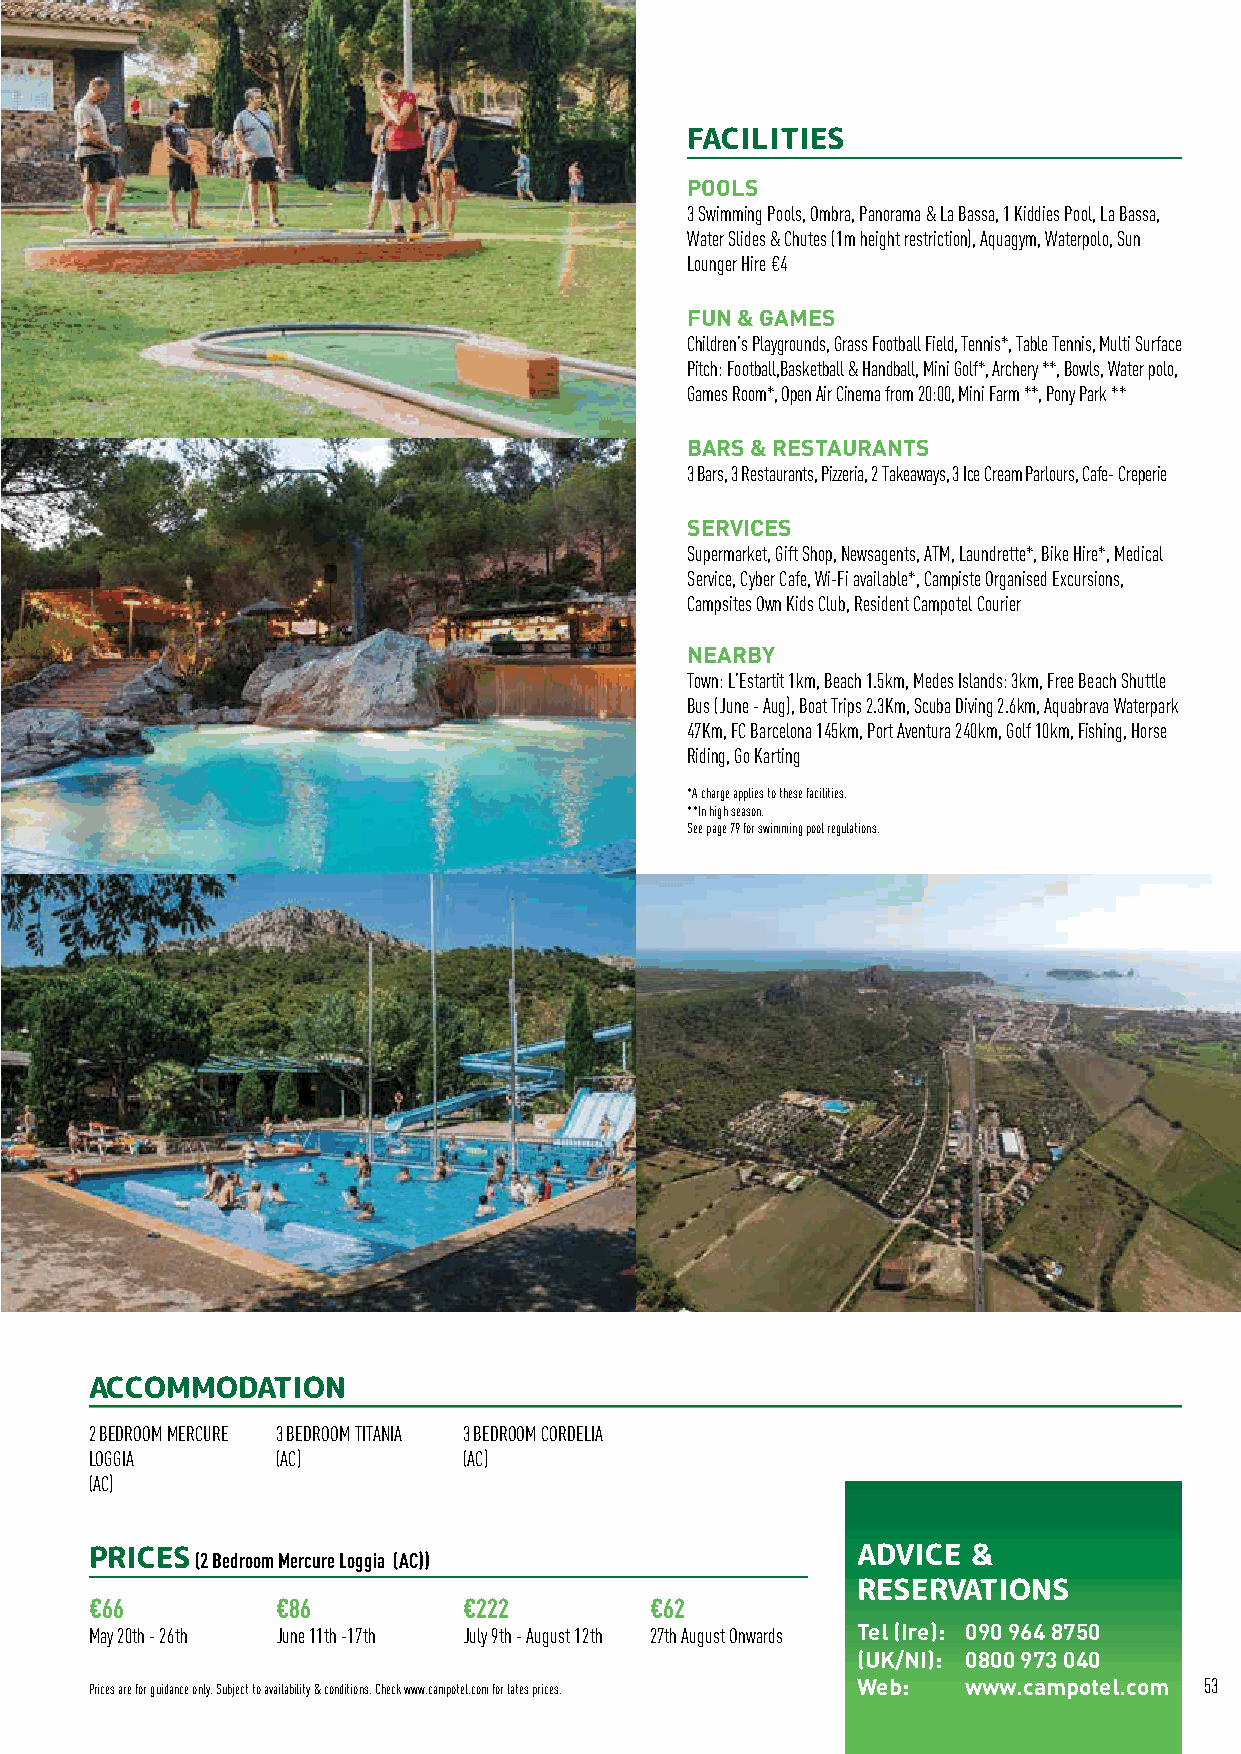
COSTA BRAVA SPAIN
 FACILITIES
 POOLS
 3 Swimming Pools, Ombra, Panorama & La Bassa, 1 Kiddies Pool, La Bassa,
 Water Slides & Chutes (1m height restriction), Aquagym, Waterpolo, Sun
 Lounger Hire €4
 FUN & GAMES
 Children’s Playgrounds, Grass Football Field, Tennis*, Table Tennis, Multi Surface
 Pitch: Football,Basketball & Handball, Mini Golf*, Archery **, Bowls, Water polo,
 Games Room*, Open Air Cinema from 20:00, Mini Farm **, Pony Park **
 BARS & RESTAURANTS
 3 Bars, 3 Restaurants, Pizzeria, 2 Takeaways, 3 Ice Cream Parlours, Cafe- Creperie
 SERVICES
 Supermarket, Gift Shop, Newsagents, ATM, Laundrette*, Bike Hire*, Medical
 Service, Cyber Cafe, Wi-Fi available*, Campiste Organised Excursions,
 Campsites Own Kids Club, Resident Campotel Courier
 NEARBY
 Town: L’Estartit 1km, Beach 1.5km, Medes Islands: 3km, Free Beach Shuttle
 Bus (June - Aug), Boat Trips 2.3Km, Scuba Diving 2.6km, Aquabrava Waterpark
 47Km, FC Barcelona 145km, Port Aventura 240km, Golf 10km, Fishing, Horse
 Riding, Go Karting
 *A charge applies to these facilities.
 **In high season.
 See page 79 for swimming pool regulations.
 ACCOMMODATION
 2 BEDROOM MERCURE 3 BEDROOM TITANIA 3 BEDROOM CORDELIA
 LOGGIA      (AC)         (AC)
 (AC)
 PRICES (2 Bedroom Mercure Loggia (AC))             ADVICE &
 RESERVATIONS
 €66         €86          €222        €62
 May 20th - 26th June 11th -17th July 9th - August 12th 27th August Onwards Tel (Ire): 090 964 8750
 (UK/NI): 0800 973 040
 Prices are for guidance only. Subject to availability & conditions. Check www.campotel.com for lates prices. Web: www.campotel.com 53